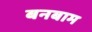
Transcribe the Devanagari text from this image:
बनबाम